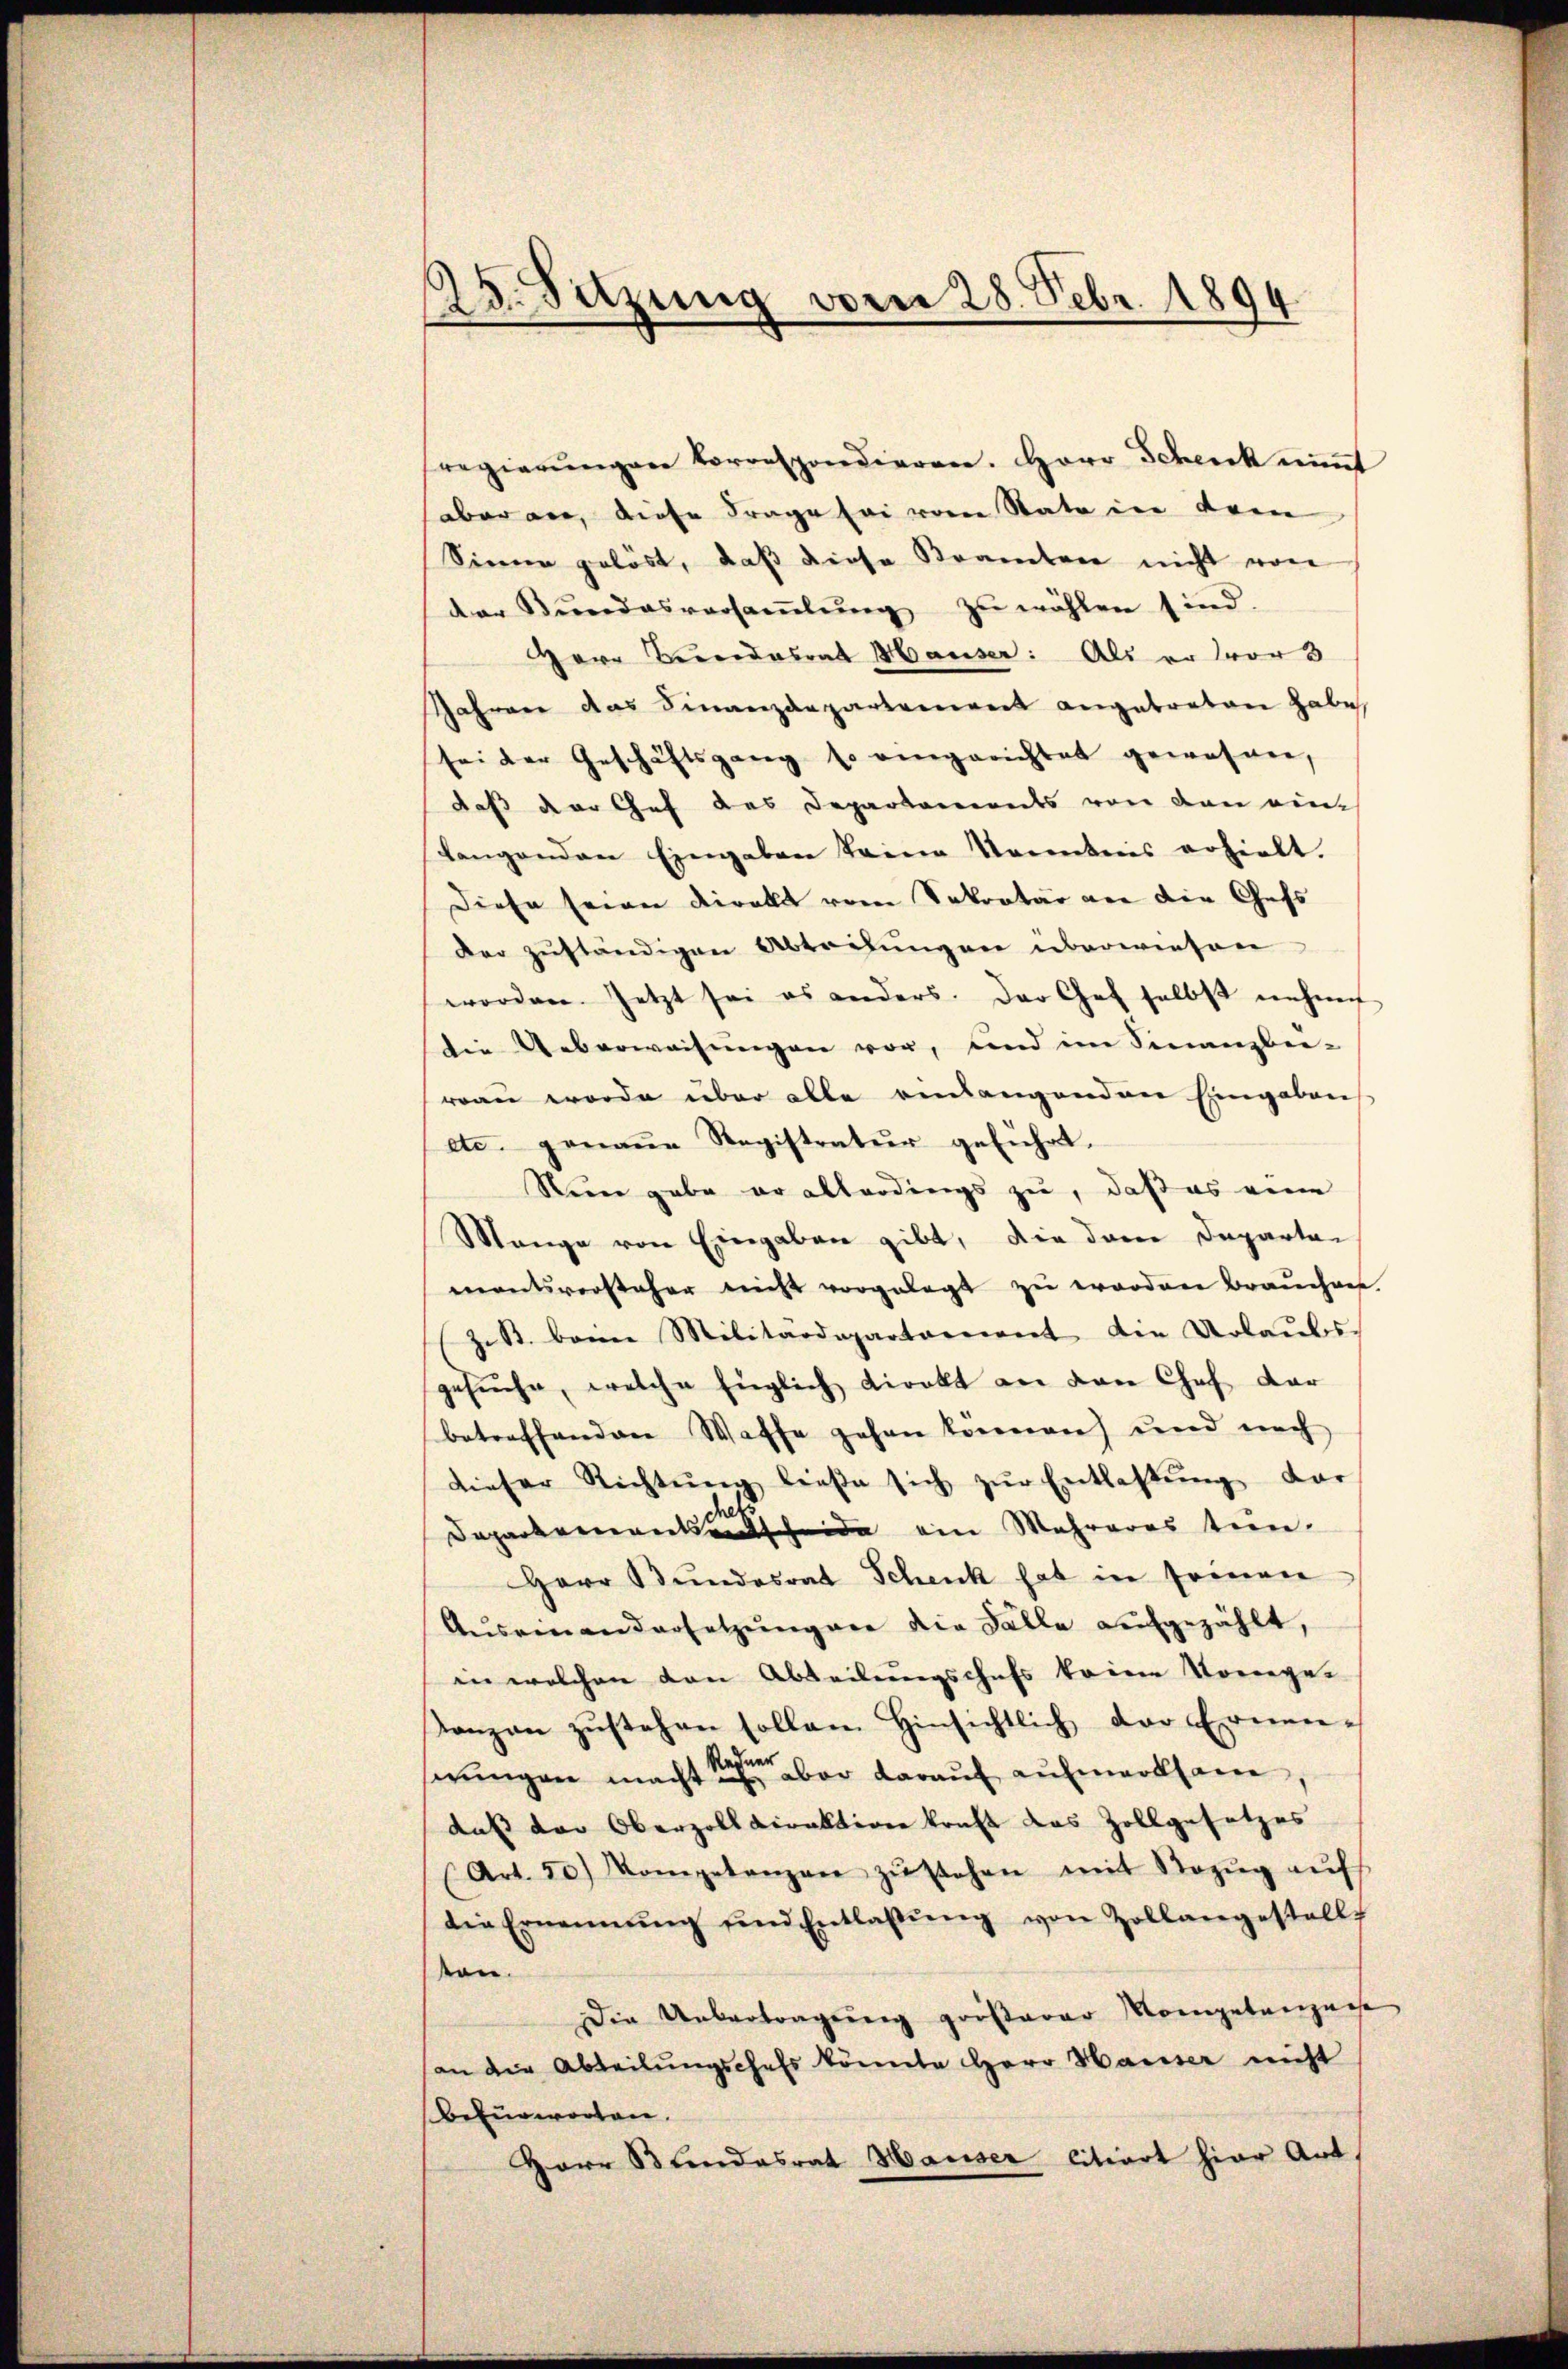
25. Sitzung vom 28. Febr. 1894

regierŭngen korrespondieren. Herr Schenk nimmt
aber vor, diese Frage sei vom State in dem
Sinne gelöst, daß diese Kramten nicht von
der Bŭndesversaṁlŭng zŭ wählen sind.
Herr Bundesrat Hauser: Als er vor 3
Jahren das Finanzdepartement angebraten habe
sei der Geschäftsgang so eingerichtet gewesen,
daß der Gef des Departements von den ein¬
Langenden Eingaben Trina konntens erhielt.
Diese seine Direkt vom Sekretär von die Gess
Der zuständigen Abteilungen überwiesen
worden. Jetzt sei es anders. Der Chef selbst nehme
Die Ueberweisŭngen vor, und im Finanzbei-
rrau werde über alle einlangenden Eingabens
etc. genaue Registratur geführt.
Sein gabe er allerdings zu, daß es eine
Mange von Eingaben gibt, die dann Departen
montsvorsteher nicht vorgelegt zu worden Brauchen.
z. B. beim Militärdepartament die Urlaubs-
gesŭche, welche Englich direkt an den Chef dar
betreffenden Waffe gehen können) und nach
dieser Richtŭng ließe sich zŭr Entlassŭng dar
Dapartementantscheide ein Mehreres tun.
Herr Bundesrat Schenk hat in seinen
Auseinandersetzŭngen die Fälle aufgezählt,
in welchen den Abteilungschafs keine Vorge-
Lanzen zŭstehen sollen. Hinsichtlich der Ernen-
serungen macht der aber darauf aufmerksam
daß der Oberzolldirektion kraft das Zollgesetzes
(Art. 50) Mompetenzen zŭstehen mit Bezŭg aŭf
die Ernennung und Entlassŭng von Zollangestell
san
Die Uebertragung großarer Kompetenzuge
an die Abteilŭngschaft könnte Herr Hauser nicht
Befürworten.
Herr Stundesrat Hauser litiert hier Art,